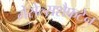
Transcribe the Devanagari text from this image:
गेसेल्सशैफटेन